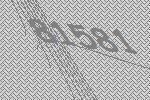
81581